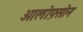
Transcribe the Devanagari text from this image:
ओलोफ़्सोन